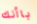
باأنك